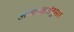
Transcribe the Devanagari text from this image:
आद्याक्षरांनुसार